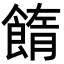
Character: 䭉